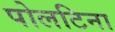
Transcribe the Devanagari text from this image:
पोलटिना